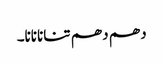
دھم دھم تنانانانا۔